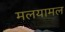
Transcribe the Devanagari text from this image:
मलयामल